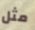
مثل